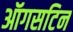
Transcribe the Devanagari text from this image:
ऑगसटिन